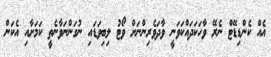
އެއް ކެންޑިޑޭޓް ނެރޭ ވާހަކަދައްކަވަނީ ވާދަވެރިންނަށް ވޯޓު ލިބިވަޑައި ނުގަންނަވާނެތީ ކަމަށާއި އެކަން